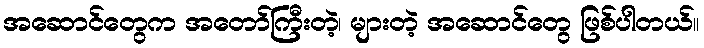
အဆောင်တွေက အတော်ကြီးတဲ့၊ များတဲ့ အဆောင်တွေ ဖြစ်ပါတယ်။